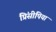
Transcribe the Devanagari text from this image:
प्रिंसीपिया